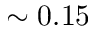
\sim 0 . 1 5